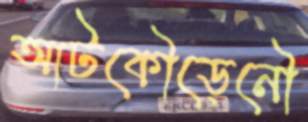
আটকৌড়েনৌ